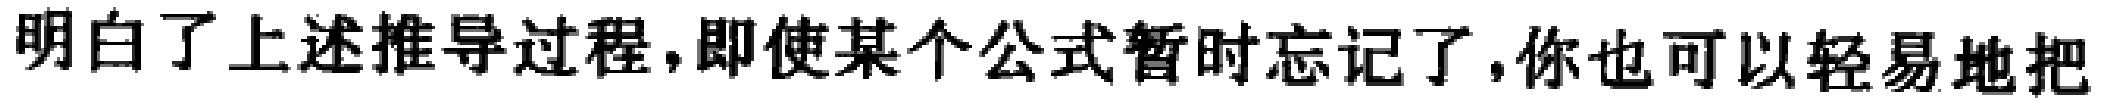
明白了上述推导过程,即使某个公式暂时忘记了,你也可以轻易地把